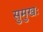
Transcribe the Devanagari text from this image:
सुमुखः